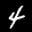
Label: 4